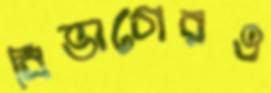
বিভাগেরও